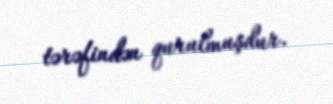
tərəfindən qurulmuşdur.